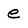
Character: e